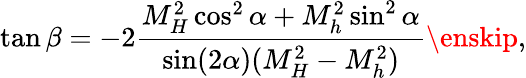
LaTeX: \tan\beta=-2\frac{M_{H}^{2}\cos^{2}\alpha+M_{h}^{2}\sin^{2}\alpha}{\sin(2\alpha)(M_{H}^{2}-M_{h}^{2})}\enskip,